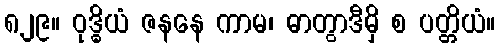
၈၂၉။ ဝုဒ္ဓိယံ ဇနနေ ကာမ၊ ဓာတွာဒီမှိ စ ပတ္တိယံ။